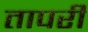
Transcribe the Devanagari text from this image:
तापरी